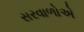
સરવાળોએ